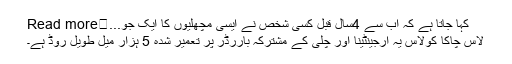
کہا جاتا ہے کہ اب سے 4سال قبل کسی شخص نے ایسی مچھلیوں کا ایک جو...	Read more
لاس چاکا کولاس یہ ارجینٹینا اور چلی کے مشترکہ باررڈر پر تعمیر شدہ 5 ہزار میل طویل روڈ ہے۔